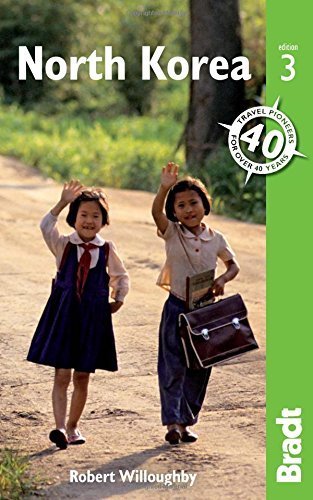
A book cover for North Korea (Bradt Travel Guides) by Willoughby, Robert (2014) Paperback; Travel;